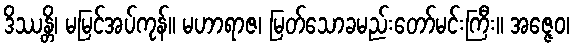
ဒိဿန္တိ၊ မမြင်အပ်ကုန်။ မဟာရာဇ၊ မြတ်သောခမည်းတော်မင်းကြီး။ အဇ္ဇေဝ၊